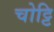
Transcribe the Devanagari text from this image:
चोट्टि